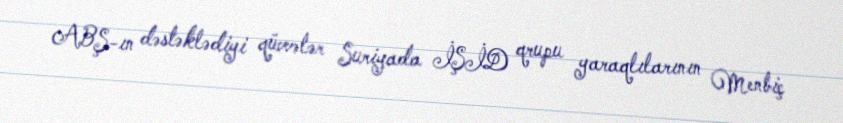
ABŞ-ın dəstəklədiyi qüvvələr Suriyada İŞİD qrupu yaraqlılarının Menbiç